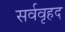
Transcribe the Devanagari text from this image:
सर्ववृहद